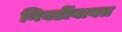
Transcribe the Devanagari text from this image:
निवडींबाबत